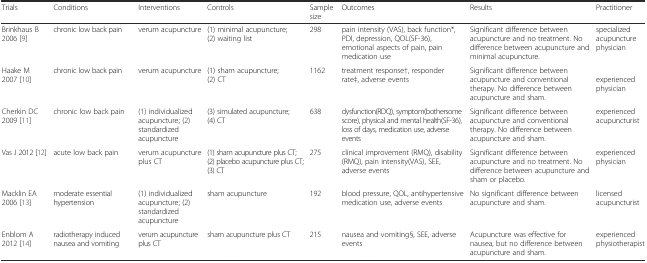
<table><thead><tr><td><b>Trials</b></td><td><b>Conditions</b></td><td><b>Interventions</b></td><td><b>Controls</b></td><td><b>Sample size</b></td><td><b>Outcomes</b></td><td><b>Results</b></td><td><b>Practitioner</b></td></tr></thead><tbody><tr><td>Brinkhaus B 2006 [9]</td><td>chronic low back pain</td><td>verum acupuncture</td><td>(1) minimal acupuncture; (2) waiting list</td><td>298</td><td>pain intensity (VAS), back function*, PDI, depression, QOL(SF-36), emotional aspects of pain, pain medication use</td><td>Significant difference between acupuncture and no treatment. No difference between acupuncture and minimal acupuncture.</td><td>specialized acupuncture physician</td></tr><tr><td>Haake M 2007 [10]</td><td>chronic low back pain</td><td>verum acupuncture</td><td>(1) sham acupuncture; (2) CT</td><td>1162</td><td>treatment response†, responder rate‡, adverse events</td><td>Significant difference between acupuncture and conventional therapy. No difference between acupuncture and sham.</td><td>experienced physician</td></tr><tr><td>Cherkin DC 2009 [11]</td><td>chronic low back pain</td><td>(1) individualized acupuncture; (2) standardized acupuncture</td><td>(3) simulated acupuncture; (4) CT</td><td>638</td><td>dysfunction(RDQ), symptom(bothersome score), physical and mental health(SF-36), loss of days, medication use, adverse events</td><td>Significant difference between acupuncture and conventional therapy. No difference between acupuncture and sham.</td><td>experienced acupuncturist</td></tr><tr><td>Vas J 2012 [12]</td><td>acute low back pain</td><td>verum acupuncture plus CT</td><td>(1) sham acupuncture plus CT; (2) placebo acupuncture plus CT; (3) CT</td><td>275</td><td>clinical improvement (RMQ), disability (RMQ), pain intensity(VAS), SEE, adverse events</td><td>Significant difference between acupuncture and no treatment. No difference between acupuncture and sham or placebo.</td><td>experienced physician</td></tr><tr><td>Macklin EA 2006 [13]</td><td>moderate essential hypertension</td><td>(1) individualized acupuncture; (2) standardized acupuncture</td><td>sham acupuncture</td><td>192</td><td>blood pressure, QOL, antihypertensive medication use, adverse events</td><td>No significant difference between acupuncture and sham.</td><td>licensed acupuncturist</td></tr><tr><td>Enblom A 2012 [14]</td><td>radiotherapy induced nausea and vomiting</td><td>verum acupuncture plus CT</td><td>sham acupuncture plus CT</td><td>215</td><td>nausea and vomiting§, SEE, adverse events</td><td>Acupuncture was effective for nausea, but no difference between acupuncture and sham.</td><td>experienced physiotherapist</td></tr></tbody></table>